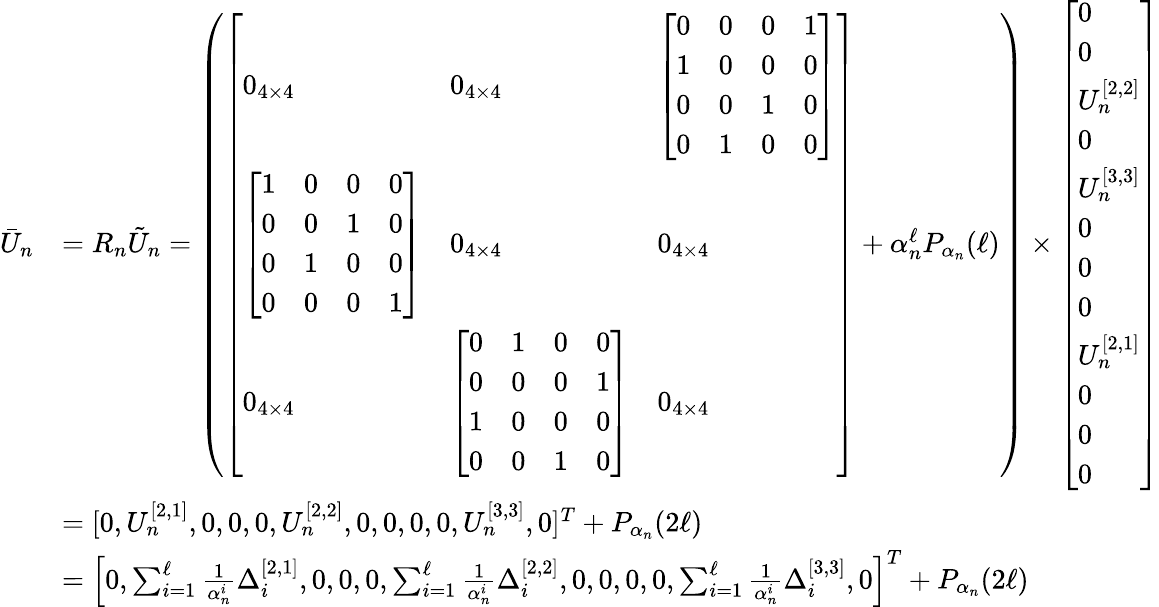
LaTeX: \begin{array}{rl}{\bar{U}_{n}}&{=R_{n}\tilde{U}_{n}=\left(\left[\begin{array}{lll}{0_{4\times 4}}&{0_{4\times 4}}&{\left[\begin{array}{llll}{0}&{0}&{0}&{1}\\ {1}&{0}&{0}&{0}\\ {0}&{0}&{1}&{0}\\ {0}&{1}&{0}&{0}\end{array}\right]}\\ {\left[\begin{array}{llll}{1}&{0}&{0}&{0}\\ {0}&{0}&{1}&{0}\\ {0}&{1}&{0}&{0}\\ {0}&{0}&{0}&{1}\end{array}\right]}&{0_{4\times 4}}&{0_{4\times 4}}\\ {0_{4\times 4}}&{\left[\begin{array}{llll}{0}&{1}&{0}&{0}\\ {0}&{0}&{0}&{1}\\ {1}&{0}&{0}&{0}\\ {0}&{0}&{1}&{0}\end{array}\right]}&{0_{4\times 4}}\end{array}\right]+\alpha_{n}^{\ell}P_{\alpha_{n}}(\ell)\right)\times\left[\begin{array}{l}{0}\\ {0}\\ {U_{n}^{[2,2]}}\\ {0}\\ {U_{n}^{[3,3]}}\\ {0}\\ {0}\\ {0}\\ {U_{n}^{[2,1]}}\\ {0}\\ {0}\\ {0}\end{array}\right]}\\ &{=[0,U_{n}^{[2,1]},0,0,0,U_{n}^{[2,2]},0,0,0,0,U_{n}^{[3,3]},0]^{T}+P_{\alpha_{n}}(2\ell)}\\ &{=\left[0,\sum_{i=1}^{\ell}\frac{1}{\alpha_{n}^{i}}\Delta_{i}^{[2,1]},0,0,0,\sum_{i=1}^{\ell}\frac{1}{\alpha_{n}^{i}}\Delta_{i}^{[2,2]},0,0,0,0,\sum_{i=1}^{\ell}\frac{1}{\alpha_{n}^{i}}\Delta_{i}^{[3,3]},0\right]^{T}+P_{\alpha_{n}}(2\ell)}\end{array}